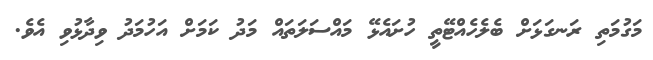
މަގުމަތި ރަނގަޅަށް ބެލެހެއްޓޭތީ ހުށައެޅޭ މައްސަލަތައް މަދު ކަމަށް އަހުމަދު ވިދާޅުވި އެވެ.